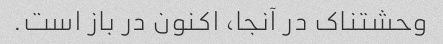
وحشتناک در آنجا، اکنون در باز است.